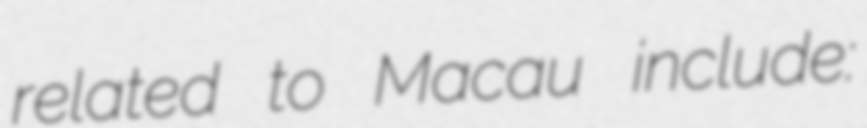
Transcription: related to Macau include: